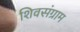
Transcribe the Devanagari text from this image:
शिवसंग्राम